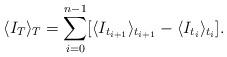
LaTeX: \begin{align*}\langle I_T \rangle_T = \displaystyle \sum \limits_{i = 0}^{n-1} [\langle I_{t_{i+1}} \rangle_{t_{i+1}} - \langle I_{t_i} \rangle_{t_{i}} ].\end{align*}